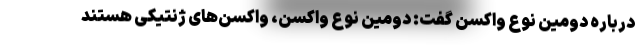
درباره دومین نوع واکسن گفت: دومین نوع واکسن، واکسن‌های ژنتیکی هستند